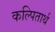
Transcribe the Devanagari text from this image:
कल्पितार्थ